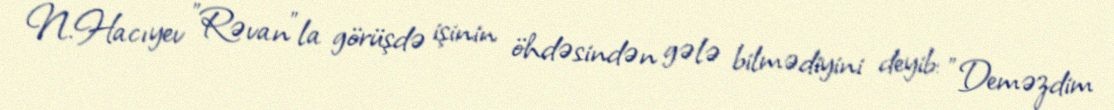
N.Hacıyev "Rəvan"la görüşdə işinin öhdəsindən gələ bilmədiyini deyib: "Deməzdim